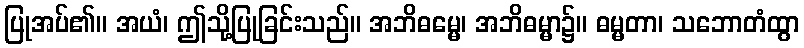
ပြုအပ်၏။ အယံ၊ ဤသို့ပြုခြင်းသည်။ အဘိဓမ္မေ၊ အဘိဓမ္မာ၌။ ဓမ္မတာ၊ သဘောတံထွာ